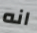
انه